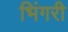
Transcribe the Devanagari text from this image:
भिंगरी